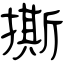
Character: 撕